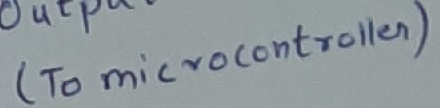
Text: (To microcontroller)